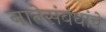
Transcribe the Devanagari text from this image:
नातेसंबंधांचे